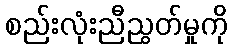
စည်းလုံးညီညွတ်မှုကို